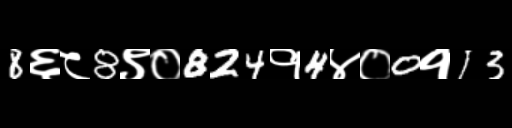
Text: 8६८8९०824१4४०0१13